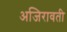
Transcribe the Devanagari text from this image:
अजिरावती